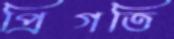
প্রিগতি